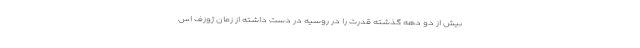
بیش از دو دهه گذشته قدرت را در روسیه در دست داشته از زمان ژوزف اس